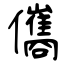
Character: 儶